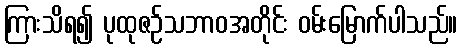
ကြားသိရ၍ ပုထုဇဉ်သဘာဝအတိုင်း ဝမ်းမြောက်ပါသည်။